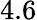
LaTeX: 4.6